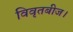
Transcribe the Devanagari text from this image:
विवृतबीज।